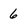
Character: 6